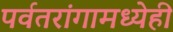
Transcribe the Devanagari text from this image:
पर्वतरांगामध्येही